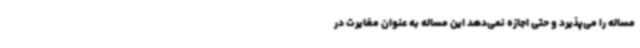
مساله را می‌پذیرد و حتی اجازه نمی‌دهد این مساله به عنوان مغایرت در